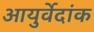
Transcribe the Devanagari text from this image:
आयुर्वेदांक